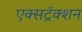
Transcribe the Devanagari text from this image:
एक्सट्रॅक्शन